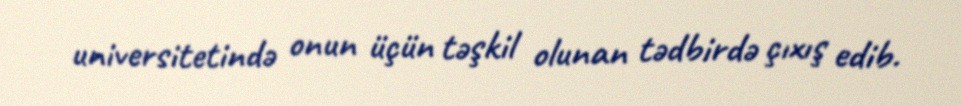
universitetində onun üçün təşkil olunan tədbirdə çıxış edib.